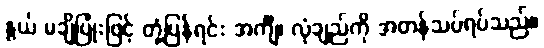
နွယ် မချိပြုံးဖြင့် တုံ့ပြန်ရင်း အင်္ကျီ၊ လုံချည်ကို အတန်သပ်ရပ်သည်။